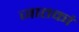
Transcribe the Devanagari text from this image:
जातकां